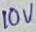
Text: 10V